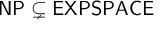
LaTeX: \mathsf { N P \subsetneq E X P S P A C E }